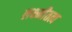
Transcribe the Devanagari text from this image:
लक्ष्मीतत्व